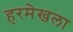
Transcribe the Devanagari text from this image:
हरमेखला